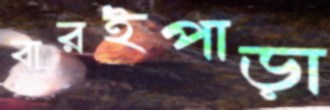
বারইপাড়া